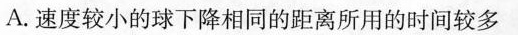
A.速度较小的球下降相同的距离所用的时间较多